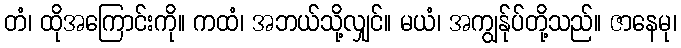
တံ၊ ထိုအကြောင်းကို။ ကထံ၊ အဘယ်သို့လျှင်။ မယံ၊ အကျွန်ုပ်တို့သည်။ ဇာနေမု၊